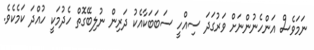
ނަމަވެސް އަންހެނުންނަށް ވަރުގަދަ ސިއްހީ ސަބަބަކާއެކު ދަރިން ނުލިބޭގޮތް ހެދުމަކީ ހުއްދަ ކަމެކެވެ.